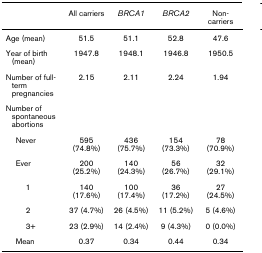
|  | All carriers | BRCA1 | BRCA2 | Non-carriers |
 | --- | --- | --- | --- | --- |
 | Age (mean) | 51.5 | 51.1 | 52.8 | 47.6 |
 | Year of birth (mean) | 1947.8 | 1948.1 | 1946.8 | 1950.5 |
 | Number of full-term pregnancies | 2.15 | 2.11 | 2.24 | 1.94 |
 | Number of spontaneous abortions |  |  |  |  |
 | Never | 595 (74.8%) | 436 (75.7%) | 154 (73.3%) | 78 (70.9%) |
 | Ever | 200 (25.2%) | 140 (24.3%) | 56 (26.7%) | 32 (29.1%) |
 | 1 | 140 (17.6%) | 100 (17.4%) | 36 (17.2%) | 27 (24.5%) |
 | 2 | 37 (4.7%) | 26 (4.5%) | 11 (5.2%) | 5 (4.6%) |
 | 3+ | 23 (2.9%) | 14 (2.4%) | 9 (4.3%) | 0 (0.0%) |
 | Mean | 0.37 | 0.34 | 0.44 | 0.34 |